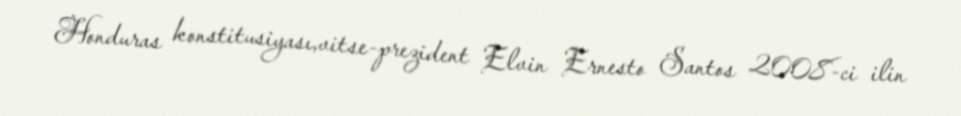
Honduras konstitusiyası,vitse-prezident Elvin Ernesto Santos 2008-ci ilin